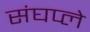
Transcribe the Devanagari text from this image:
संघप्ले